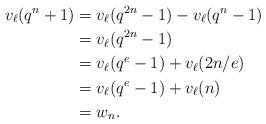
LaTeX: \begin{align*} v_\ell(q^n + 1) &= v_\ell(q^{2n} - 1) - v_\ell(q^n - 1)\\ &= v_\ell(q^{2n} - 1)\\ &= v_\ell(q^e - 1) + v_\ell(2n/e)\\ &= v_\ell(q^e - 1) + v_\ell(n)\\ &= w_n.\end{align*}